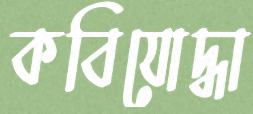
কবিযোদ্ধা